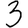
Digit: 3